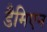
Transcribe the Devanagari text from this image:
डैमिएन